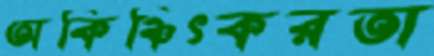
অকিঞ্চিৎকরতা